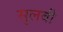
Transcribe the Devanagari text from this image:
सुलबी